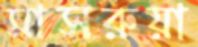
মাসরুয়া